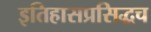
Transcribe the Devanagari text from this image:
इतिहासप्रसिद्धच